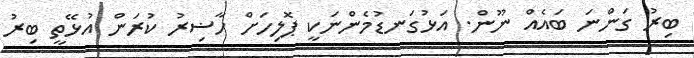
ބިރު ގަންނަ ބައެއް ނޫން. އަޅުގަނޑުމެންނަކީ ޕޮލިހަށް ހާޟިރު ކުރަން އުޅޭތީ ބިރު